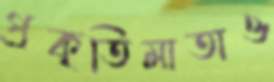
প্রকৃতিমাতাও